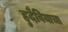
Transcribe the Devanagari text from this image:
हुदैबियाचा